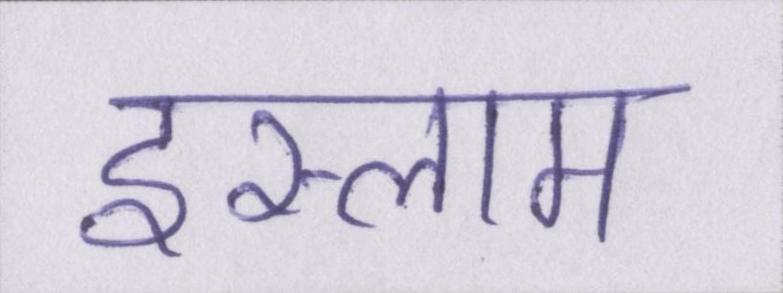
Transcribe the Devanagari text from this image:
इस्लाम